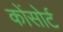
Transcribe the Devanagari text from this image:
कोंसोर्ट